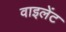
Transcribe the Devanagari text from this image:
वाइलेंट